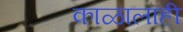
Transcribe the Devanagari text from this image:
काळालाही